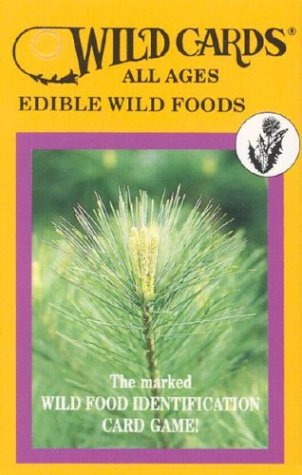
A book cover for Wild Cards: Edible Wild Foods (All Ages); Linda Runyon; Humor & Entertainment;